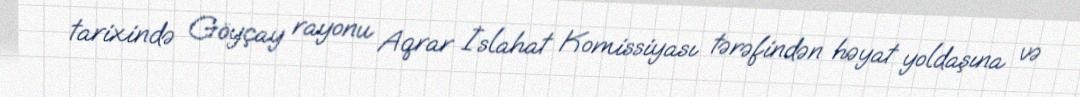
tarixində Göyçay rayonu Aqrar İslahat Komissiyası tərəfindən həyat yoldaşına və